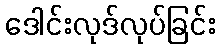
ဒေါင်းလုဒ်လုပ်ခြင်း